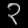
Digit: ၃